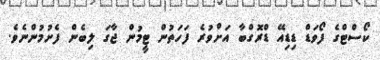
ކޯސްޓްގެ ފޯވަޑް ޑިޑިއޭ ޑްރޮގްބާ އަށްވުރެ ފަހަތުން ޓީމުން ޖާގަ ލިބެން ފެށުމުންނެވެ.